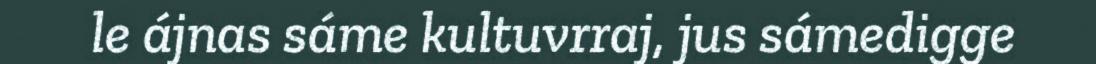
le ájnas sáme kultuvrraj, jus sámedigge